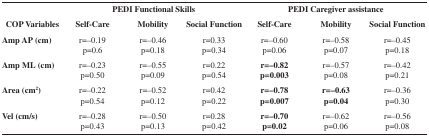
<table><thead><tr><td></td><td colspan="3"><b> PEDI Functional Skills</b></td><td colspan="3"><b> PEDI Caregiver assistance</b></td></tr><tr><td><b> COP Variables</b></td><td><b> Self-Care</b></td><td><b> Mobility</b></td><td><b> Social Function</b></td><td><b> Self-Care</b></td><td><b> Mobility</b></td><td><b> Social Function</b></td></tr></thead><tbody><tr><td><b>Amp AP (cm)</b></td><td>r=–0.19 p=0.6</td><td>r=–0.46 p=0.18</td><td>r=0.33 p=0.34</td><td>r=–0.60 p=0.06</td><td>r=–0.58 p=0.07</td><td>r=–0.45 p=0.18</td></tr><tr><td><b>Amp ML (cm)</b></td><td>r=–0.23 p=0.50</td><td>r=–0.55 p=0.09</td><td>r=0.22 p=0.54</td><td><b>r=–0.82</b><b>p=0.003</b></td><td>r=–0.57 p=0.08</td><td>r=–0.42 p=0.21</td></tr><tr><td><b>Area (cm</b><sup><b>2</b></sup><b>)</b></td><td>r=–0.22 p=0.54</td><td>r=–0.52 p=0.12</td><td>r=0.42 p=0.22</td><td><b>r=–0.78</b><b>p=0.007</b></td><td><b>r=–0.63</b><b>p=0.04</b></td><td>r=–0.36 p=0.30</td></tr><tr><td><b>Vel (cm/s)</b></td><td>r=–0.28 p=0.43</td><td>r=–0.50 p=0.13</td><td>r=0.28 p=0.42</td><td><b>r=–0.70</b><b>p=0.02</b></td><td>r=–0.62 p=0.06</td><td>r=–0.56 p=0.08</td></tr></tbody></table>